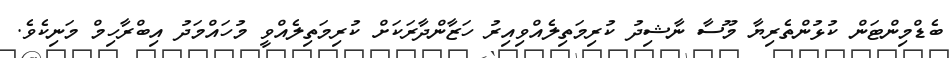
ބެޑްމިންޓަން ކުޅުންތެރިޔާ މޫސާ ނާޝިދު ކުރިމަތިލެއްވިއިރު ހަޒާންދާރަކަށް ކުރިމަތިލެއްވީ މުހައްމަދު އިބްރާހިމް މަނިކެވެ.